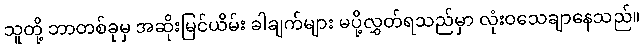
သူတို့ ဘာတစ်ခုမှ အဆိုးမြင်ယိမ်း ခါချက်များ မပို့လွှတ်ရသည်မှာ လုံးဝသေချာနေသည်။